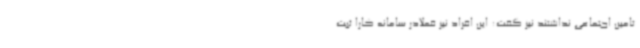
تامین اجتماعی نداشتند نیز گفت: این افراد نیز فعلادر سامانه کارا ثبت